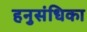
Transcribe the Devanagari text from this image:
हनुसंधिका